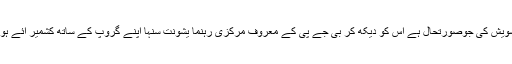
اس پر تشویش کی جوصورتحال ہے اس کو دیکھ کر بی جے پی کے معروف مرکزی رہنما یشونت سنہا اپنے گروپ کے ساتھ کشمیر آئے ہوئے ہیں ۔